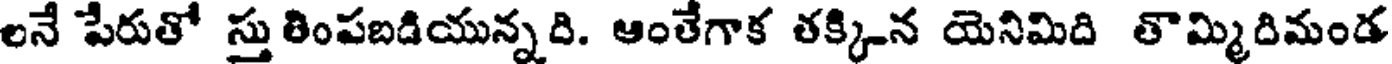
లనే పేరుతో స్తు తింపబడియున్నది. ఆంతేగాక తక్కిన యెనిమిది తొమ్మిదిమండ